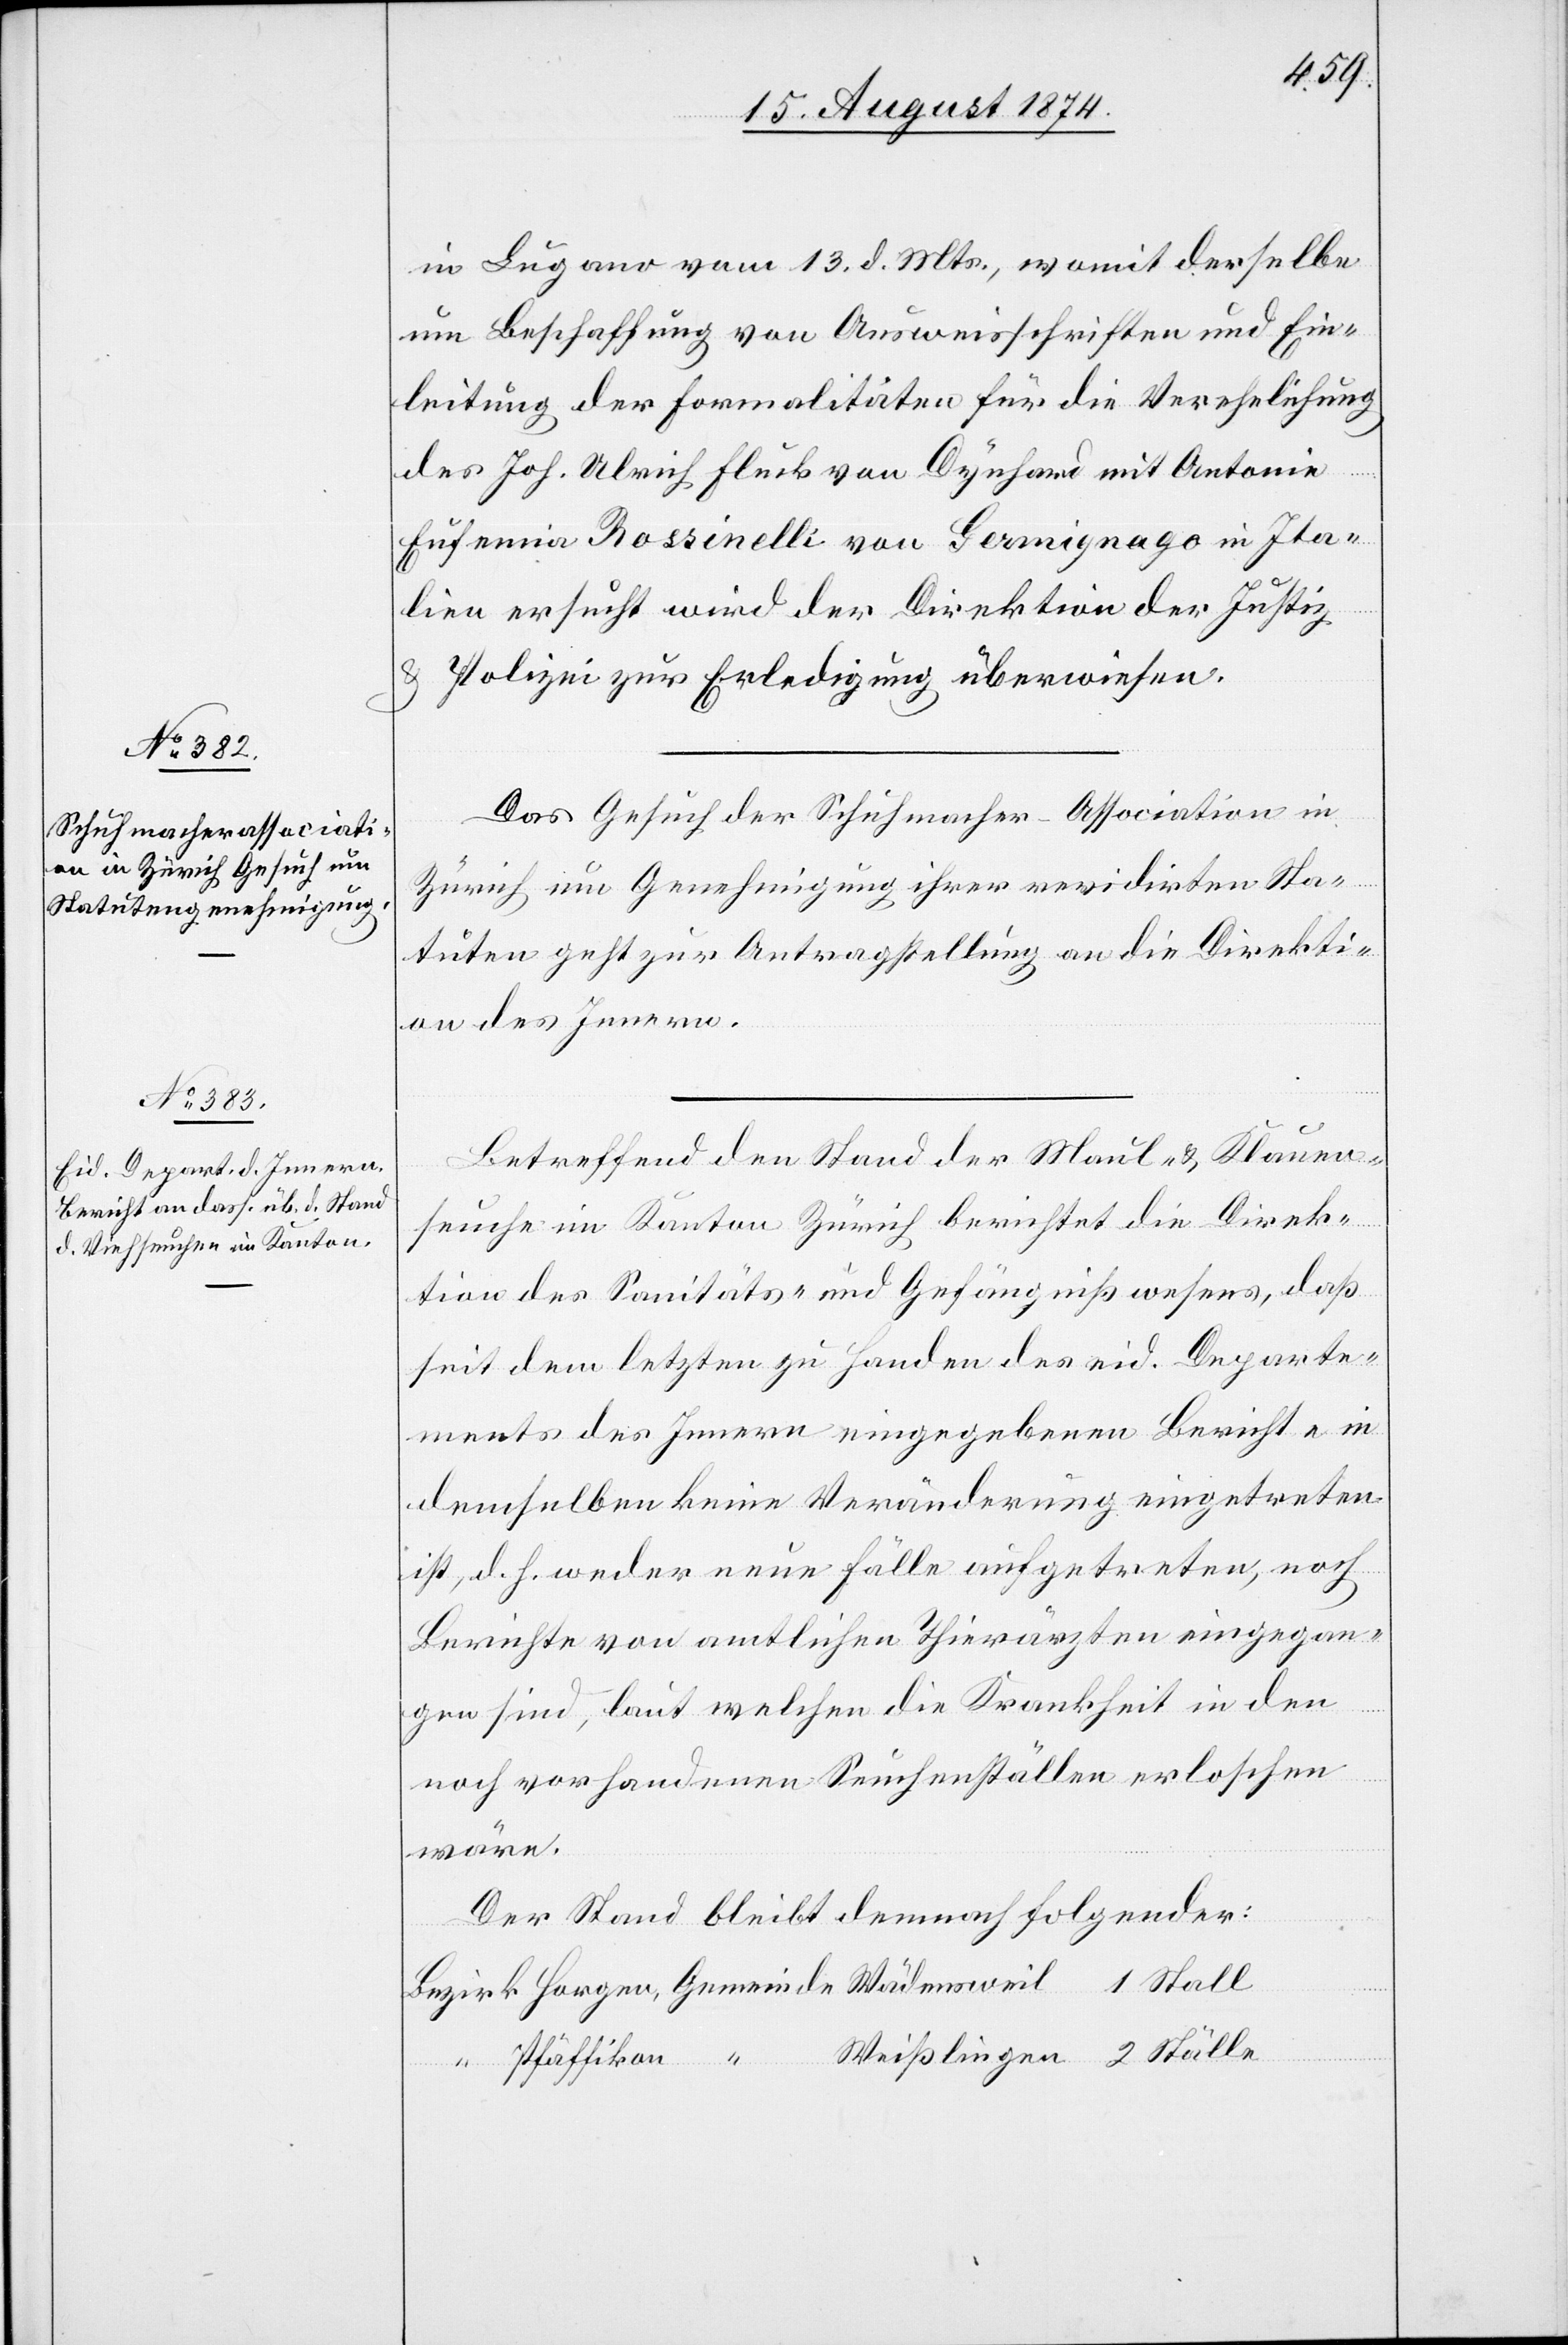
15. August 1874.]
in Lugano vom 13. d. Mts., womit derselbe
um Beschaffung von Ausweisschriften und Ein¬
leitung der Formalitäten für die Verehelichung
2
des Joh. Ulrich Fluck von Dynhard mit Antonia
Eufenia Rossinelli von Germignago in Ita¬
lien ersucht wird der Direktion der Justiz
u. Polizei zur Erledigung überwiesen.
Das Gesuch der Schuhmacher-Association in
Zürich um Genehmigung ihrer revidirten Sta¬
tuten geht zur Antragstellung an die Direkti¬
on des Innern.
Betreffend den Stand der Maul- u. Klauen¬
seuche im Kanton Zürich berichtet die Direk¬
tion des Sanitäts- und Gefängnißwesens, daß
seit dem letzten zu Handen des eid. Departe¬
ments des Innern eingegebenen Berichte in
demselben keine Veränderung eingetreten
ist, d. h. weder neue Fälle aufgetreten, noch
Berichte von amtlichen Thierärzten eingegan¬
ingen
gen sind, laut welchen die Krankheit in den
noch vorhandenen Seuchenställen erloschen
wäre.
Der Stand bleibt demnach folgender: